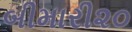
બીમારી૨૦